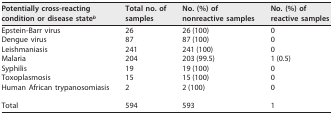
| Potentially cross-reacting condition or disease stateb | Total no. of samples | No. (%) of nonreactive samples | No. (%) of reactive samples |
 | --- | --- | --- | --- |
 | Epstein-Barr virus | 26 | 26 (100) | 0 |
 | Dengue virus | 87 | 87 (100) | 0 |
 | Leishmaniasis | 241 | 241 (100) | 0 |
 | Malaria | 204 | 203 (99.5) | 1 (0.5) |
 | Syphilis | 19 | 19 (100) | 0 |
 | Toxoplasmosis | 15 | 15 (100) | 0 |
 | Human African trypanosomiasis | 2 | 2 (100) | 0 |
 | Total | 594 | 593 | 1 |